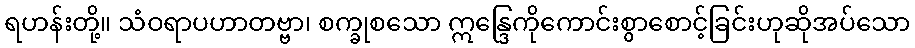
ရဟန်းတို့။ သံဝရာပဟာတဗ္ဗာ၊ စက္ခုစသော ဣန္ဒြေကိုကောင်းစွာစောင့်ခြင်းဟုဆိုအပ်သော